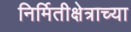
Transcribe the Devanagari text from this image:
निर्मितीक्षेत्राच्या